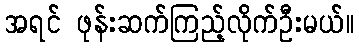
အရင် ဖုန်းဆက်ကြည့်လိုက်ဦးမယ်။